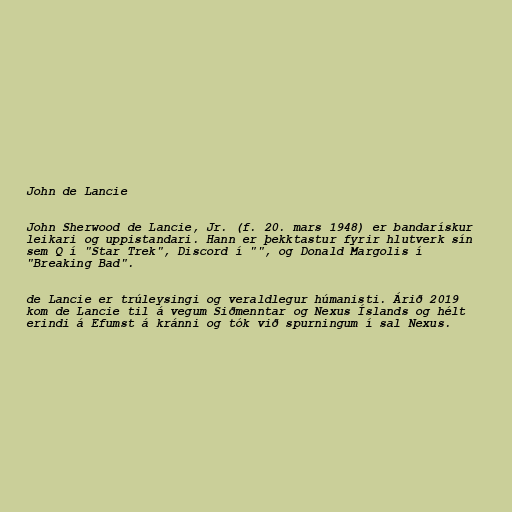
John de Lancie

John Sherwood de Lancie, Jr. (f. 20. mars 1948) er bandarískur
leikari og uppistandari. Hann er þekktastur fyrir hlutverk sín
sem Q í "Star Trek", Discord í "", og Donald Margolis í
"Breaking Bad".

de Lancie er trúleysingi og veraldlegur húmanisti. Árið 2019
kom de Lancie til á vegum Siðmenntar og Nexus Íslands og hélt
erindi á Efumst á kránni og tók við spurningum í sal Nexus.